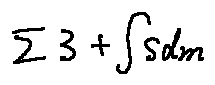
\sum 3 + \int s d m